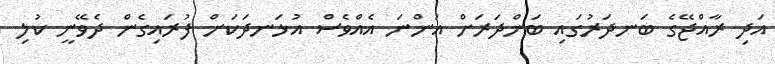
އަދި ރާއްޖޭގެ ބަނދަރުގައި ބަންދަރަށް އަންނަ އެއްވެސް އުޅަނދަކަށް ފުރައިގެން ދެވޭނީ ކުލި